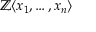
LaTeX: \mathbb { Z } \langle x _ { 1 } , \ldots , x _ { n } \rangle